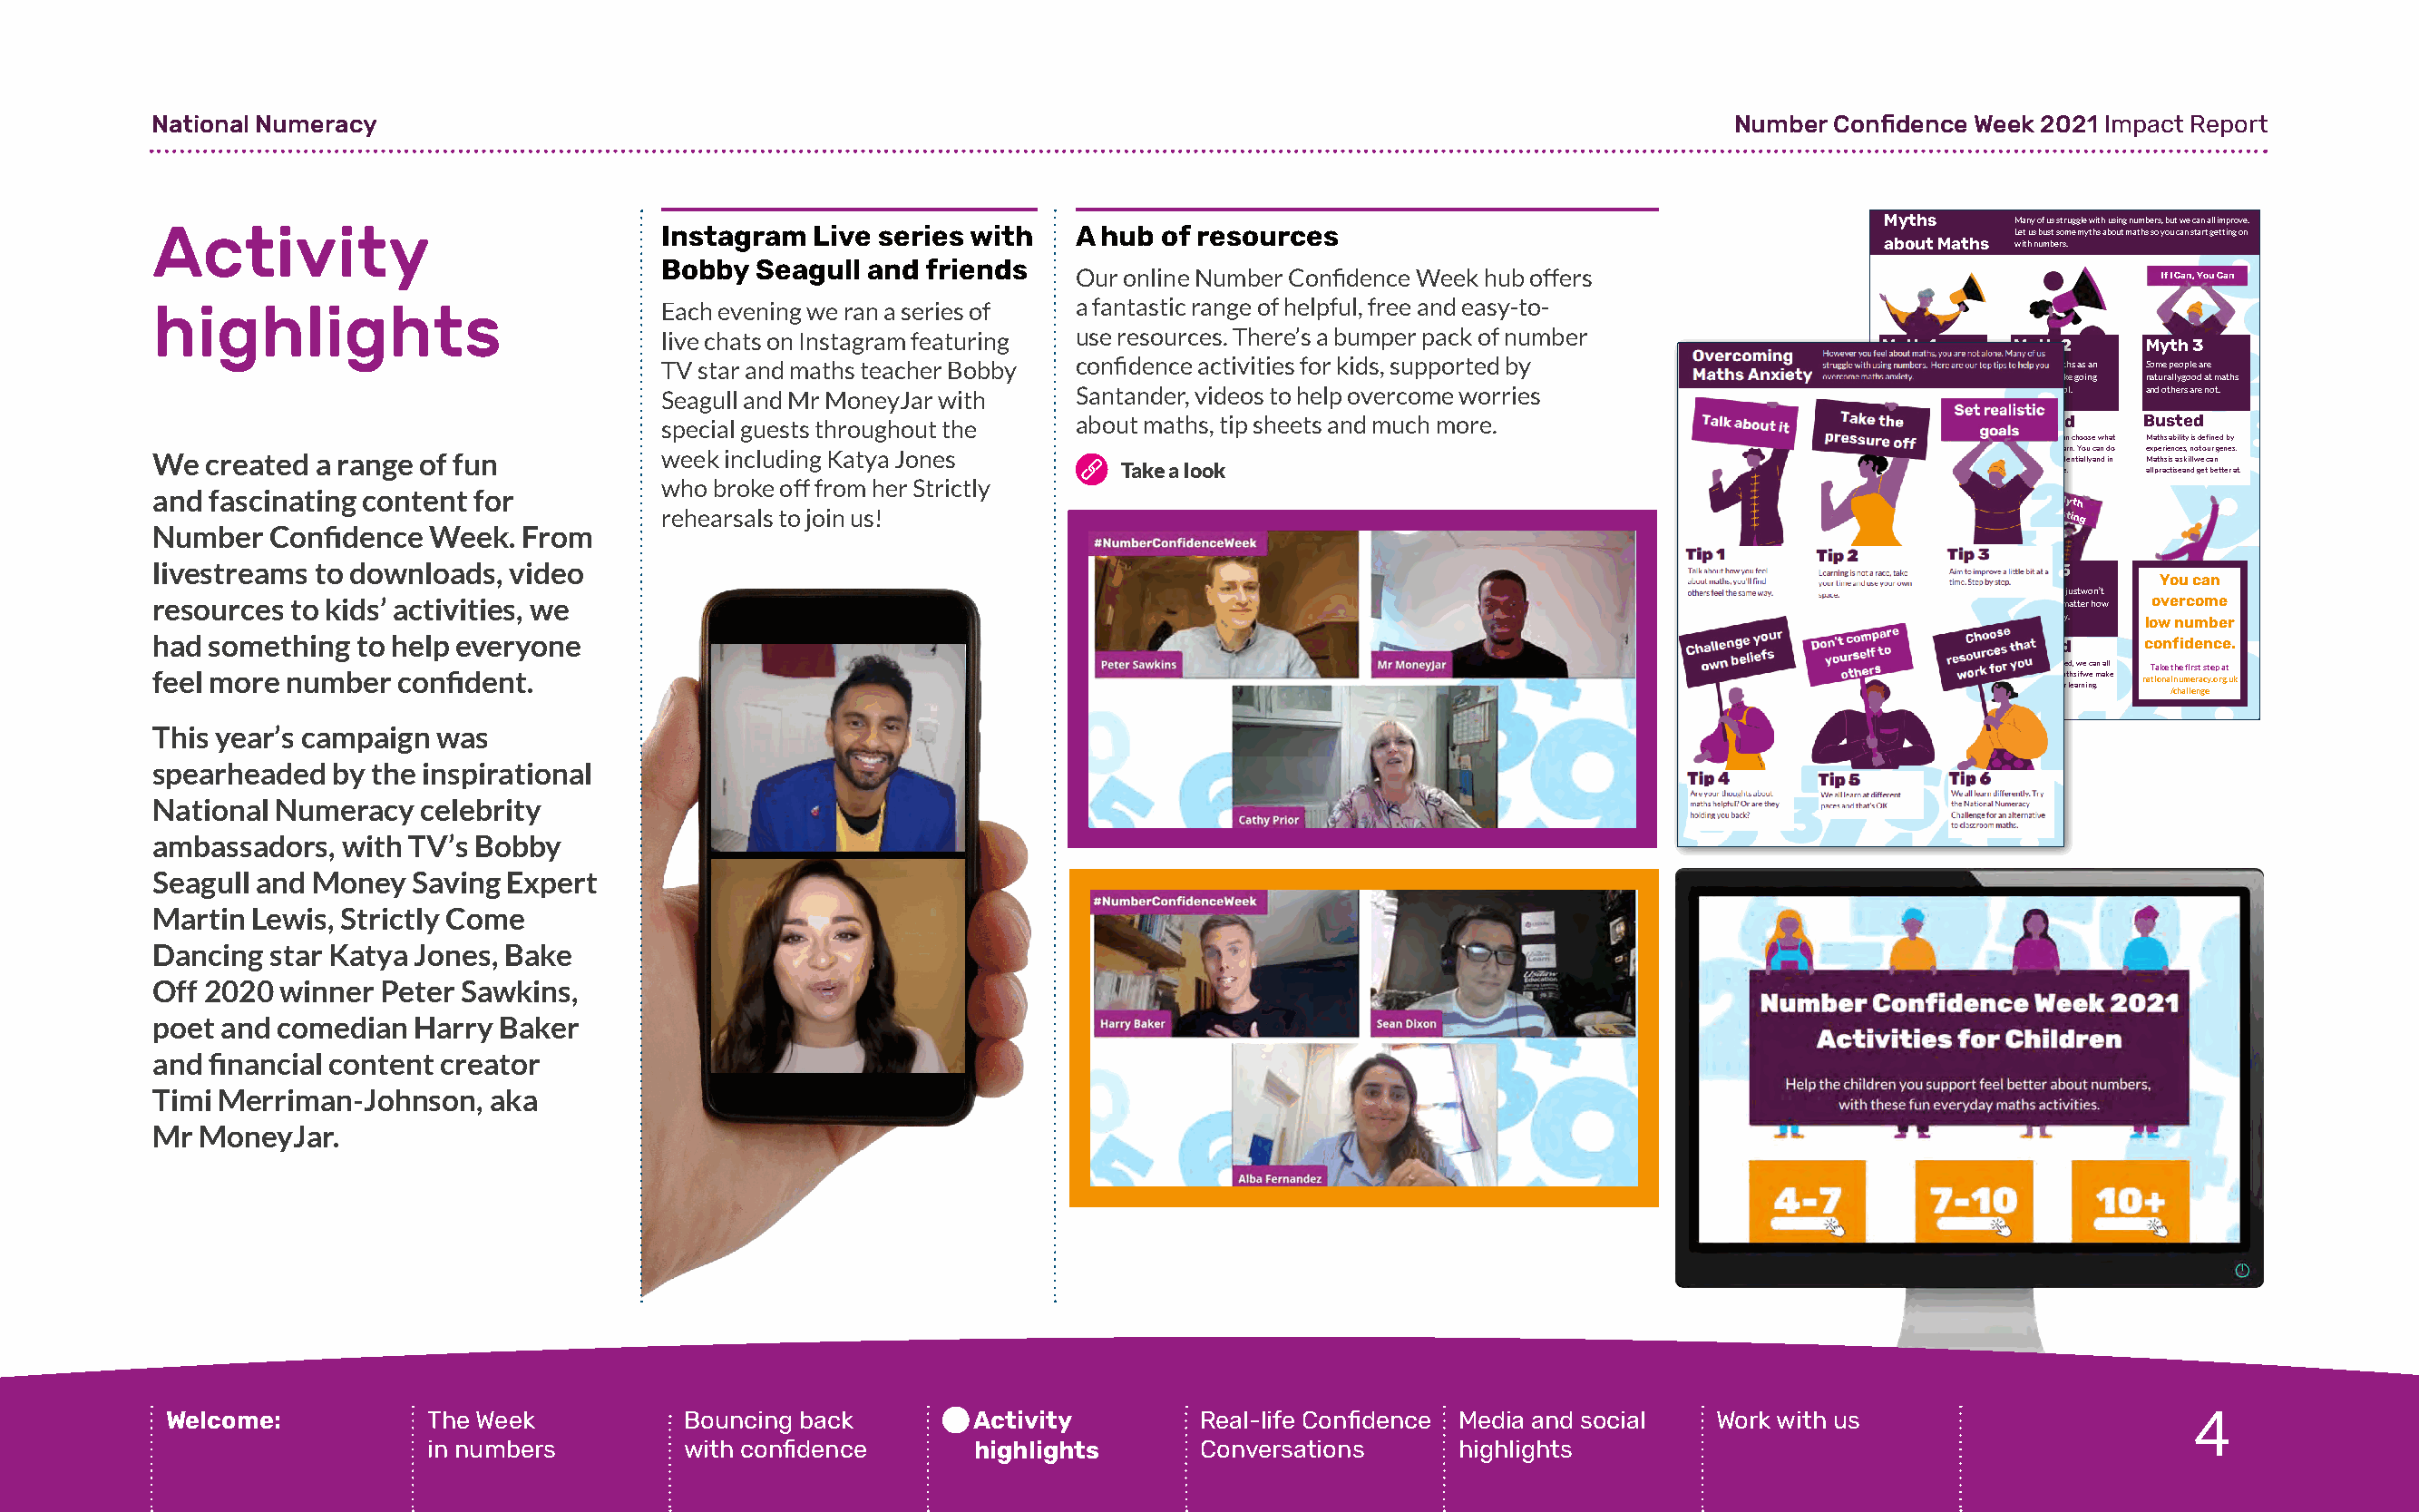
National Numeracy                                                                                                   Number Confidence Week 2021 Impact Report
 Myths    Many of us struggle with using numbers, but we can all improve.
 Activity                             Instagram  Live series with   A hub  of resources                                                  Let us bust some myths about maths so you can start getting on
 about Maths with numbers.
 Bobby  Seagull and  friends
 Our online Number Confidence Week hub offers                                    If I Can, You Can
 highlights                           Each evening we ran a series of a fantastic range of helpful, free and easy-to-
 live chats on Instagram featuring use resources. There’s a bumper pack of number
 Myth 1    Myth 2    Myth 3
 TV star and maths teacher Bobby confidence activities for kids, supported by             I can’t do maths because Learning maths as an Some people are
 I never use it in my work adult is just like going naturally good at maths
 Seagull and Mr MoneyJar with  Santander, videos to help overcome worries                 or life.  back to school. and others are not.
 special guests throughout the about maths, tip sheets and much more.                     Busted    Busted   Busted
 We all use maths every day: As adults we can choose what Maths ability is defined by
 We  created a range of fun           week including Katya Jones        Take a look                                            p c thola eon mkn i ni an g rg e, d j wo ou oinr rn g ke iD ny gIs Y , w s : h a itlo hl p op fing, a i ytn o od un rh l i oo n ww e, n w c soe pn al fe cida er e .n n. t Y iao llu y c aa nn d d ino ae M lx la p pte rh ar si ce i tsn i sac e e s aks n, i ln dl wo gt e e o tcu bar n e g te ten re s a. t .
 who broke off from her Strictly                                                          numbers!
 and fascinating content for
 Myth
 rehearsals to join us!                                                                               Busting
 Number   Confidence Week.  From
 livestreams to downloads, video                                                                                               Myth 4    Myth 5
 You can
 I'm the only one who Some people just won’t
 resources to kids’ activities, we                                                                                             feels anxious about improve, no matter how overcome
 maths.    much they try. low number
 had something  to help everyone                                                                                               Busted    Busted    confidence.
 feel more number  confident.                                                                                                  M maa nth ys o a fn ux si e fety e li s a c no xm iom uso ,n: A geb ti l bit ey t i ts e n r o att mfix ae thd s, w if e w c ea mn aa kll e naT tia ok ne a lt nh ue m fi ers rt a cst ye .op r a gt .uk
 nervous or stressed when it regular time for learning.
 comes to numbers. But we /challenge
 can overcome it.
 This year’s campaign was
 nationalnumeracy.org.uk/challenge/
 spearheaded  by the inspirational
 National Numeracy   celebrity
 ambassadors,  with TV’s Bobby
 Seagull and Money  Saving Expert
 Martin Lewis, Strictly Come
 Dancing  star Katya Jones, Bake
 Off 2020 winner  Peter Sawkins,
 poet and comedian  Harry Baker
 and financial content creator
 Timi Merriman-Johnson,   aka
 Mr  MoneyJar.
 4
 Welcome:           The Week           Bouncing back        Activity         Real-life Confidence Media and social Work with us
 in numbers         with confidence      highlights       Conversations     highlights                                                4